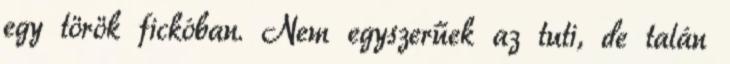
egy török fickóban. Nem egyszerűek az tuti, de talán